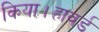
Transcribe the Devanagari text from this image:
किया।हावर्ड